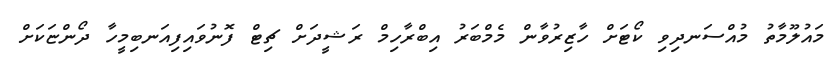
މައުލޫމާތު މުއްސަނދިވި ކޯޓަށް ހާޒިރުވާން މެމްބަރު އިބްރާހިމް ރަޝީދަށް ޗިޓް ފޮނުވައިފިއަނބިމީހާ ދޯންޏަކަށް